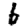
Digit: 6